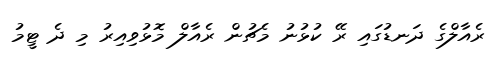
ރެއާލްގެ ދަނޑުގައި ރޭ ކުޅުނު މެޗުން ރެއާލް މޮޅުވިއިރު މި ދެ ޓީމު